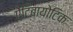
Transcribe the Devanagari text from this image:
एेंटिबायोटिक